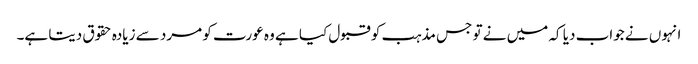
انہوں نے جواب دیا کہ میں نے تو جس مذہب کو قبول کیا ہے وہ عورت کو مرد سے زیادہ حقوق دیتا ہے۔